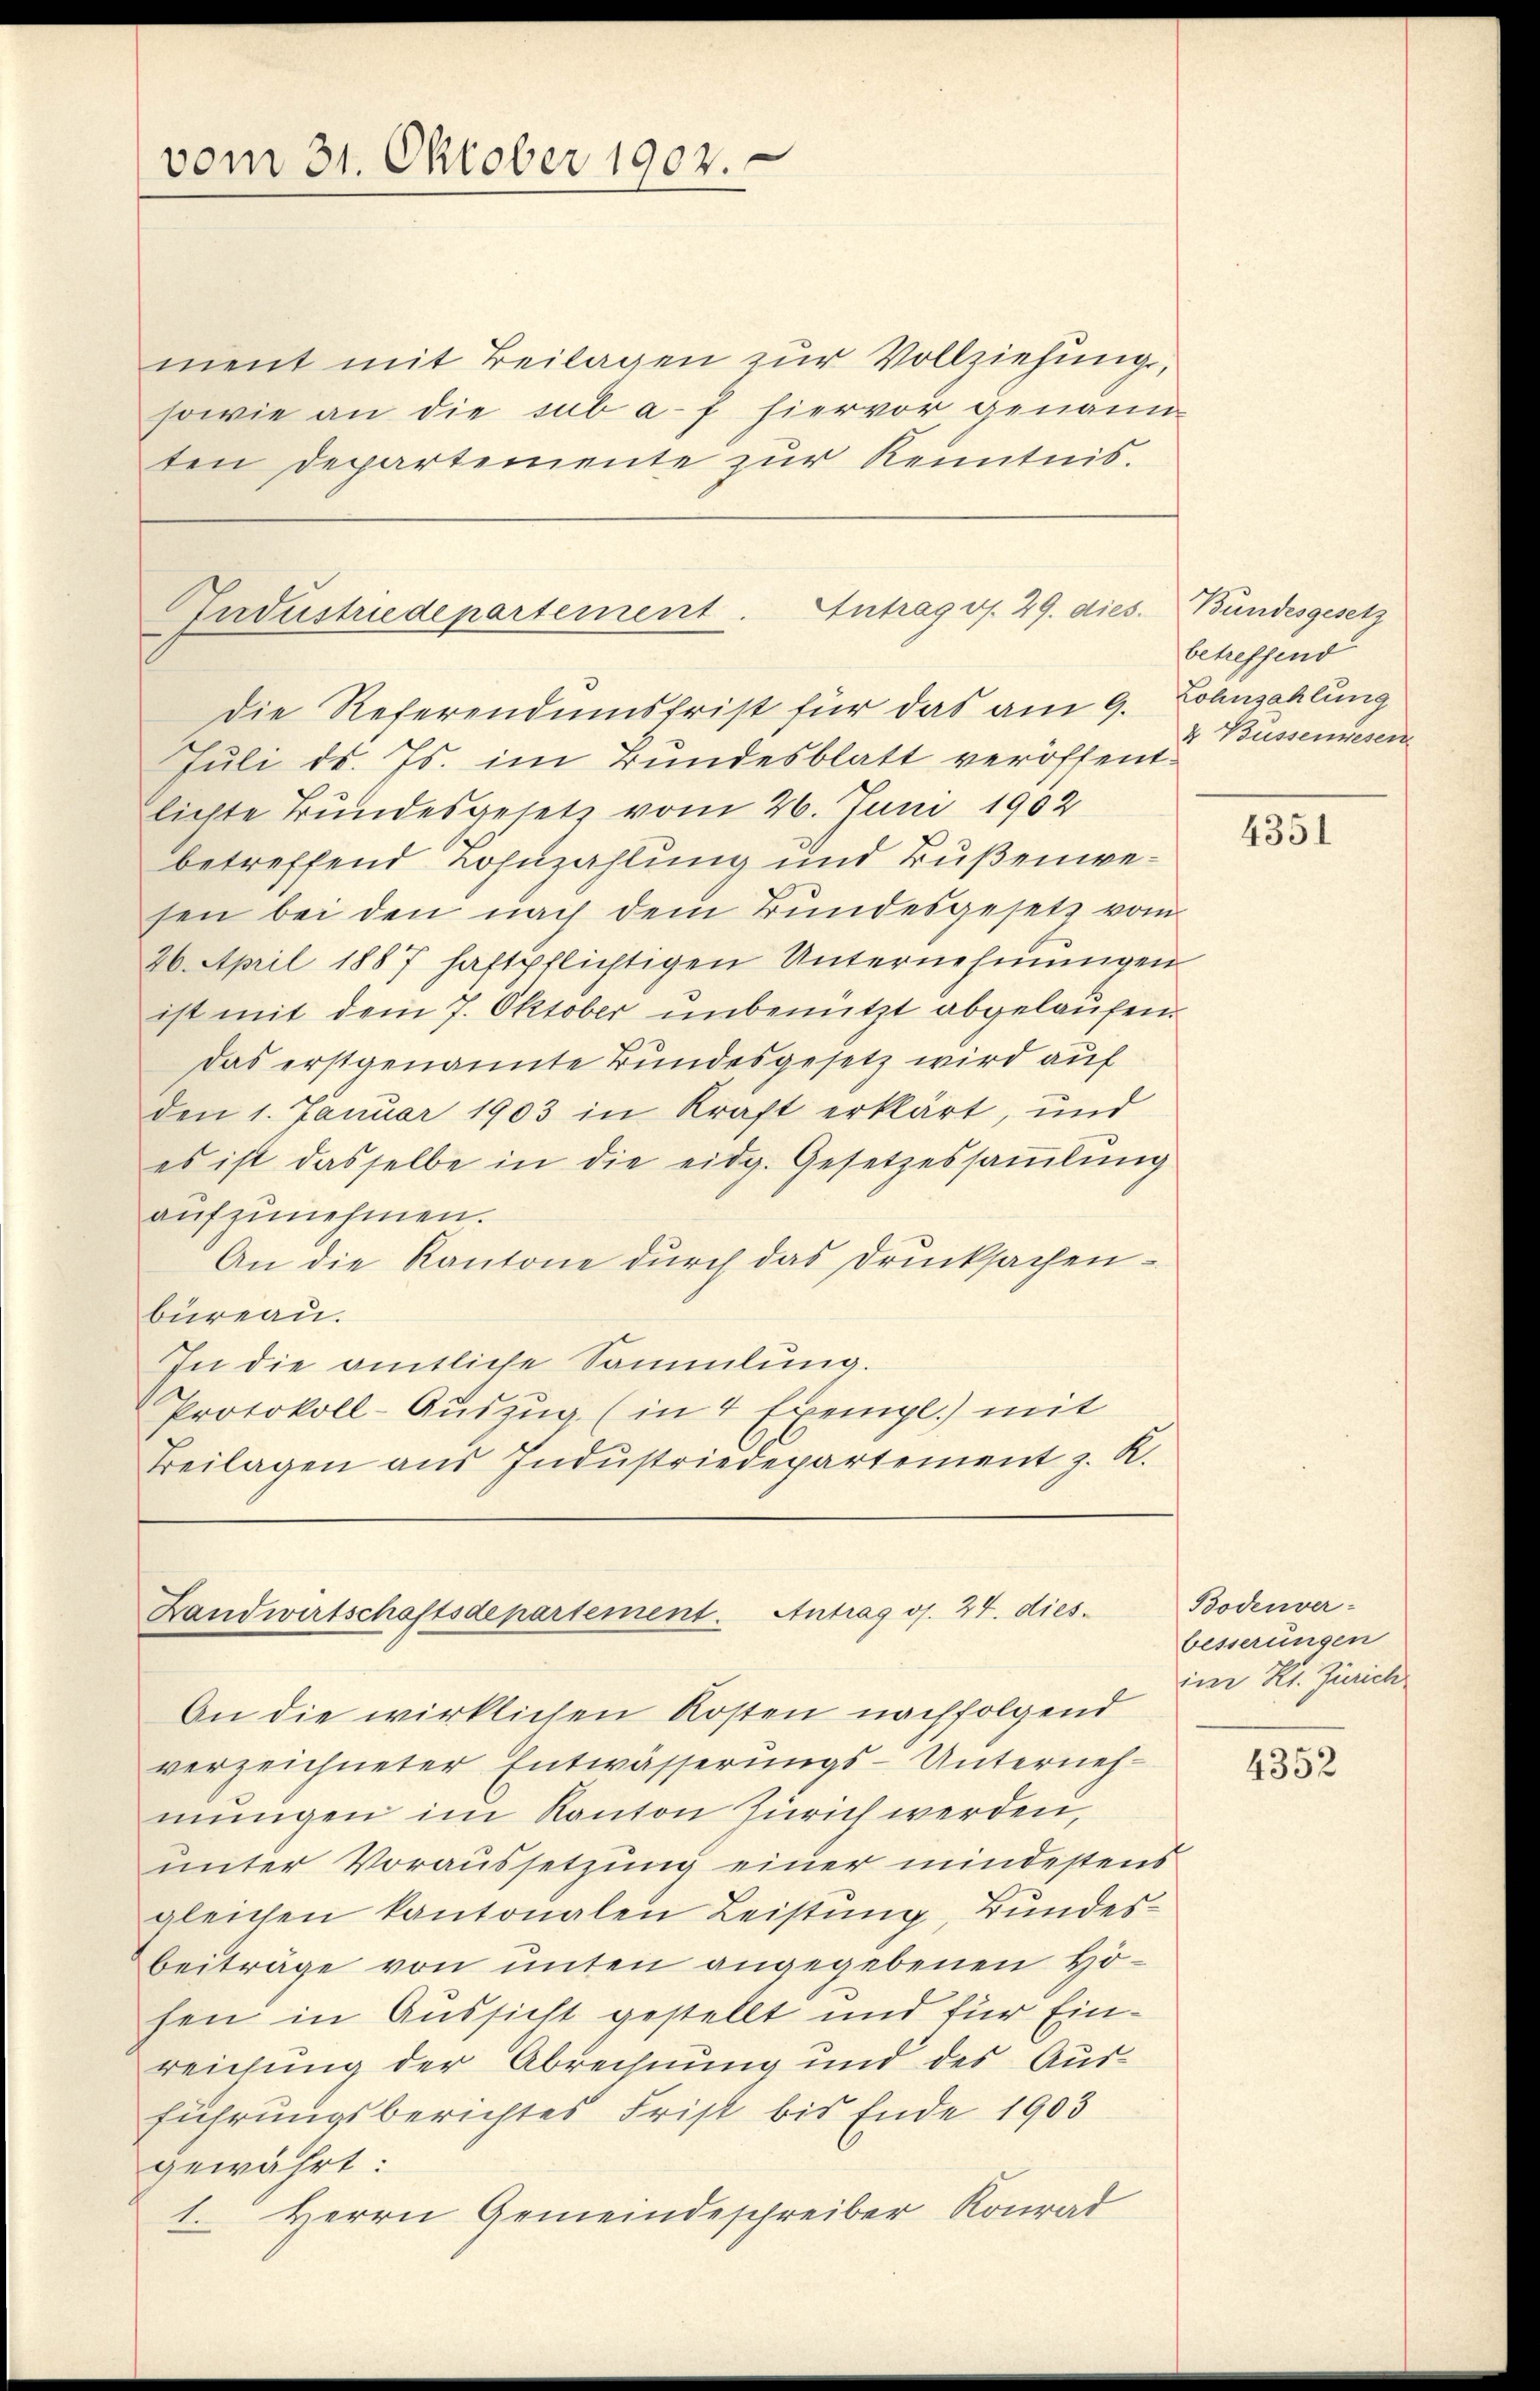
vom 31. Oktober 1902.

ment mit Beilagen zur Vollziehung,
sowie an die sub a-f hiervor genann
ten Departemente zŭr Kenntnis.

Die Referendumsfrist für das am 9. Lohnzahlung
Juli d. Js. im Bundesblatt veröffentlichte Bundesgesetz vom 26. Juni 1902
betreffend Lohnzahlung und Bußenwesen bei den nach dem Bundesgesetz vom
26. April 1887 haftpflichtigen Unternehmungen
ist mit dem 7. Oktober unbenützt abgelaufen
das erstgenannte Bundesgesetz wird auf
den 1. Januar 1903 in Kraft erklärt, und
es ist dasselbe in die eidg. Gesetzessaṁlŭng
aufzunehmen.
An die Kantone durch das Drucksachenbüreau.
In die amtliche Sammlung.
Protokoll-Auszug (in 4 Exempl.) mit
Beilagen aus Indŭstriedepartement z. R.

Gudustriedepartement. Antrag v. 29. dies

Landwirtschaftsdepartement. Antrag d. 24. dies

An die wirklichen Kosten nachfolgend
verzeichneter Entwässerungs-Unternehmungen im Kanton Zürich werden,
unter Voraussetzung einer mindestens
gleichen kantonalen Leistung, Bundesbeiträge von unten angegebenen Hohen in Aussicht gestellt und für Einreichung der Abrechnung und des Ausführungsberichtes Frist bis Ende 1903
gewährt:
1. Herrn Gemeindeschreiber Konrad

Bundesgesetz
betreffend
4 Bussenwesen

4351

Bodenver-
besserungen
im Kt. Zürich

4352